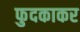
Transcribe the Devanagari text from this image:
फुदकाकर